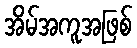
အိမ်အကူအဖြစ်